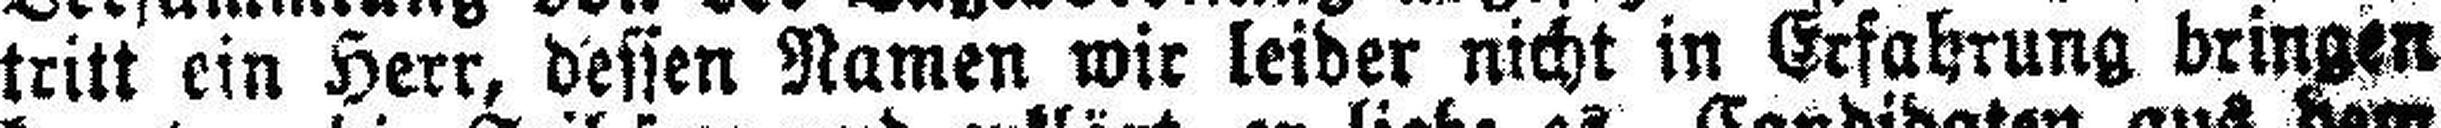
tritt ein Herr, dessen Namen wir leider nicht in Erfahrung bringen